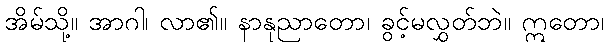
အိမ်သို့။ အာဂါ၊ လာ၏။ နာနုညာတော၊ ခွင့်မလွှတ်ဘဲ။ ဣတော၊